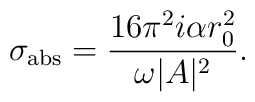
\sigma_{\rm abs} = {16\pi^2 i\alpha r_0^2\over \omega |A|^2}.